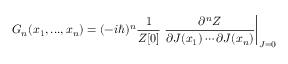
G _ { n } ( x _ { 1 } , . . . , x _ { n } ) = ( - i \hbar ) ^ { n } { \frac { 1 } { Z [ 0 ] } } \left. { \frac { \partial ^ { n } Z } { \partial J ( x _ { 1 } ) \cdots \partial J ( x _ { n } ) } } \right| _ { J = 0 }